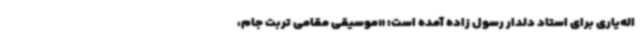
اله‌یاری برای استاد دلدار رسول زاده آمده است: «موسیقی مقامی تربت جام،